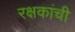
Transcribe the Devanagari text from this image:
रक्षकांची